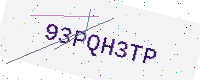
Text: 93PQH3TP